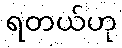
ရတယ်ဟု